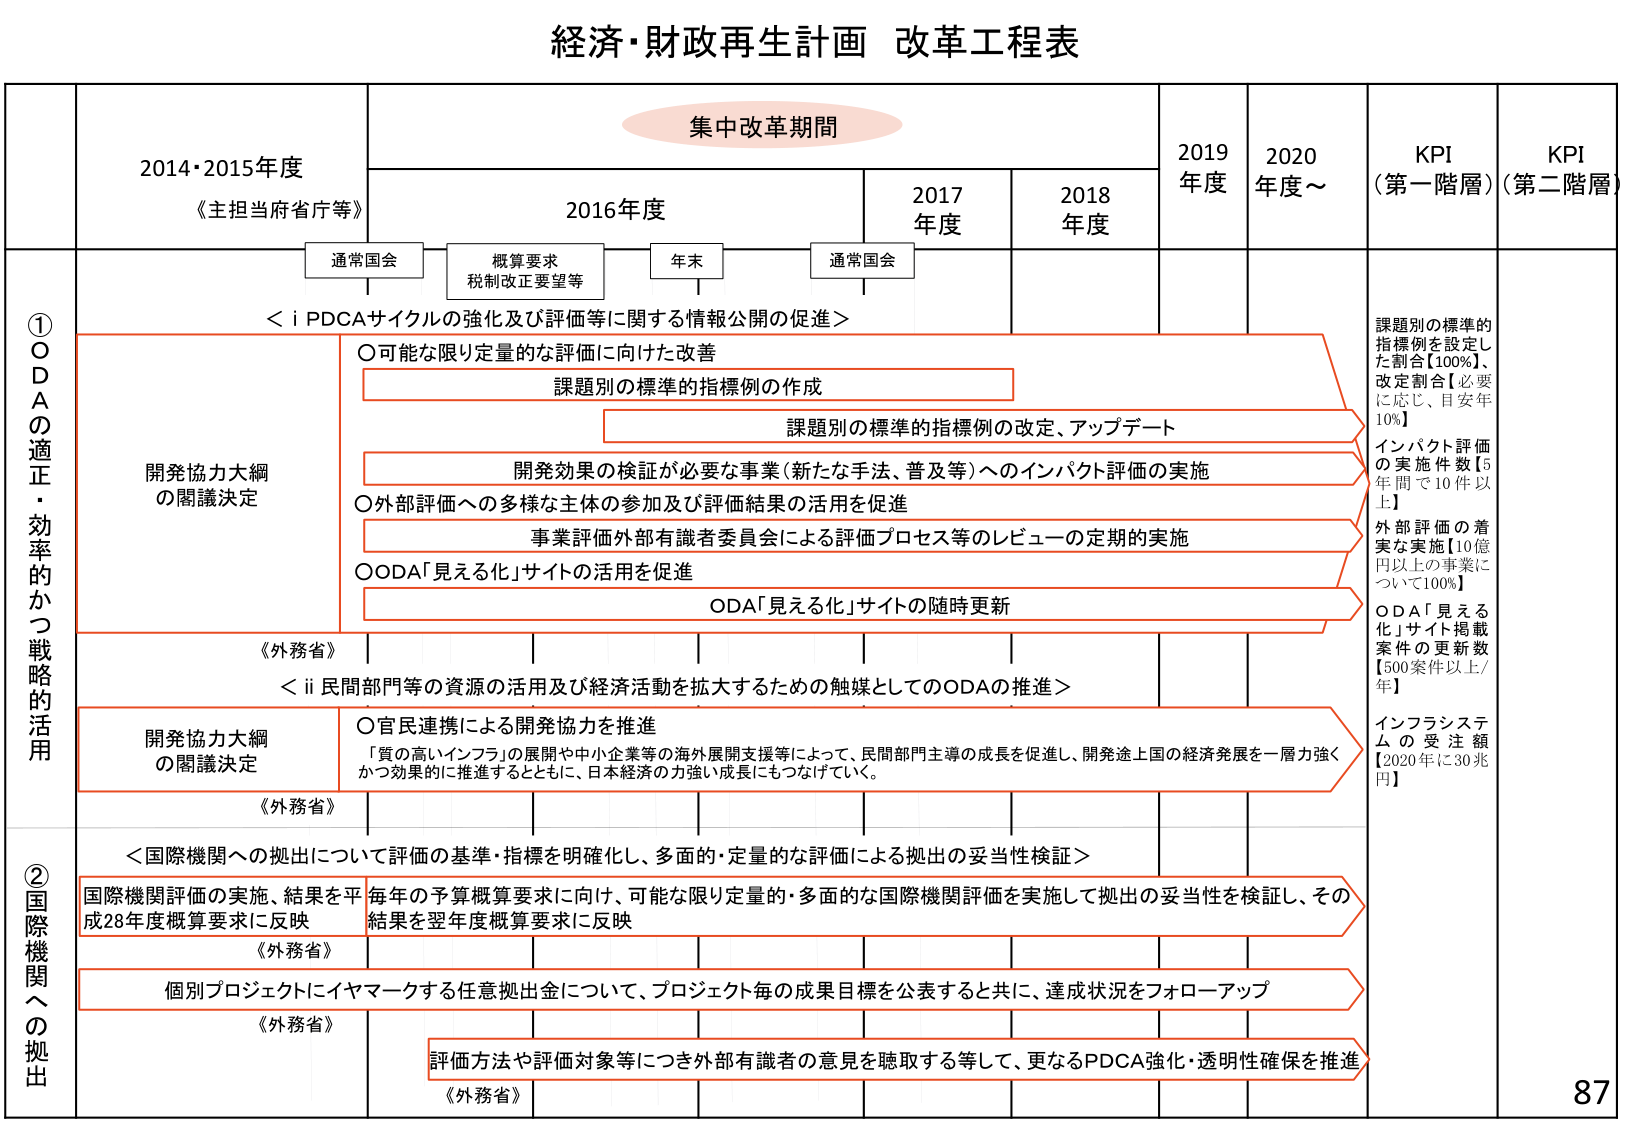
経済・財政再生計画 改革工程表

集中改革期間

2014・2015年度
《主担当府省庁等》

2016年度

2017年度

2018年度

2019年度

2020年度～

KPI（第一階層）

KPI（第二階層）

通常国会

概算要求
税制改正要望等

年末

通常国会

① ODAの適正・効率的かつ戦略的活用

＜i PDCAサイクルの強化及び評価等に関する情報公開の促進＞

○可能な限り定量的な評価に向けた改善
課題別の標準的指標例の作成

課題別の標準的指標例の改定、アップデート

開発効果の検証が必要な事業（新たな手法、普及等）へのインパクト評価の実施

○外部評価への多様な主体の参加及び評価結果の活用を促進
事業評価外部有識者委員会による評価プロセス等のレビューの定期的実施

○ODA「見える化」サイトの活用を促進
ODA「見える化」サイトの随時更新

課題別の標準的指標例を設定した割合【100%】、改定割合【必要に応じ、目安年10%】

インパクト評価の実施件数【5年間で10件以上】

外部評価の着実な実施【10億円以上の事業について100%】

ODA「見える化」サイト掲載案件の更新数【500案件以上/年】

開発協力大綱の閣議決定

《外務省》

＜ii 民間部門等の資源の活用及び経済活動を拡大するための触媒としてのODAの推進＞

○官民連携による開発協力を推進
「質の高いインフラ」の展開や中小企業等の海外展開支援等によって、民間部門主導の成長を促進し、開発途上国の経済発展を一層効果的に推進するとともに、日本経済の力強い成長にもつなげていく。

インフラシステムの受注額【2020年に30兆円】

開発協力大綱の閣議決定

《外務省》

② 国際機関への拠出

＜国際機関への拠出について評価の基準・指標を明確化し、多面的・定量的な評価による拠出の妥当性検証＞

国際機関評価の実施、結果を平成28年度概算要求に反映

毎年の予算概算要求に向け、可能な限り定量的・多面的な国際機関評価を実施して拠出の妥当性を検証し、その結果を翌年度概算要求に反映

《外務省》

個別プロジェクトにイヤマークする任意拠出金について、プロジェクト毎の成果目標を公表すると共に、達成状況をフォローアップ

評価方法や評価対象等につき外部有識者の意見を聴取する等して、更なるPDCA強化・透明性確保を推進

《外務省》

87